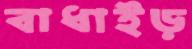
বাধাইড়